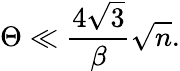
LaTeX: \Theta\ll\frac{4\sqrt{3}}{\beta}\sqrt{n}.